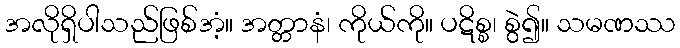
အလိုရှိပါသည်ဖြစ်အံ့။ အတ္တာနံ၊ ကိုယ်ကို။ ပဋိစ္စ၊ စွဲ၍။ သမဏဿ